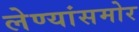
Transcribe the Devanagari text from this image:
लेण्यांसमोर